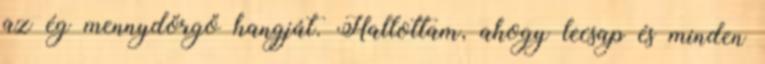
az ég mennydörgő hangját. Hallottam, ahogy lecsap és minden